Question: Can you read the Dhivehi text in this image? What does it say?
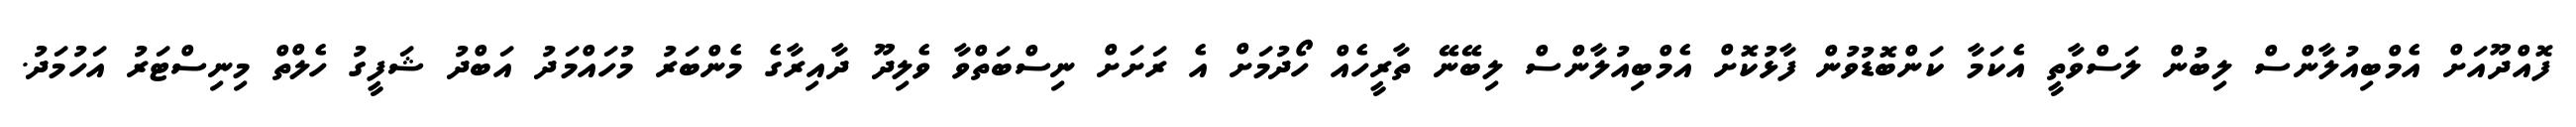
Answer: ފޮއްދޫއަށް އެމްބިއުލާންސް ލިބުން ލަސްވާތީ އެކަމާ ކަންބޮޑުވުން ފާޅުކޮށް އެމްބިއުލާންސް ލިބޭނޭ ތާރީހެއް ހޯދުމަށް އެ ރަށަށް ނިސްބަތްވާ ވެލިދޫ ދާއިރާގެ މެންބަރު މުހައްމަދު އަބްދު ޝަފީގު ހެލްތް މިނިސްޓަރު އަހުމަދު.